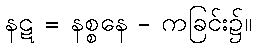
နဋ = နစ္စနေ - ကခြင်း၌။